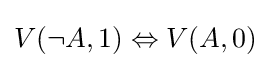
V(\neg A,1)\Leftrightarrow V(A,0)